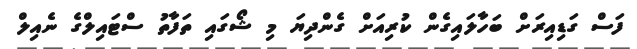
ފަސް ގަޑިއިރަށް ބަހާލައިގެން ކުރިއަށް ގެންދިޔަ މި ޝޯގައި ތަފާތު ސްޓައިލްގެ ނެއިލް